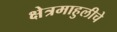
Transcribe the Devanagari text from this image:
क्षेत्रमाहुलीचे